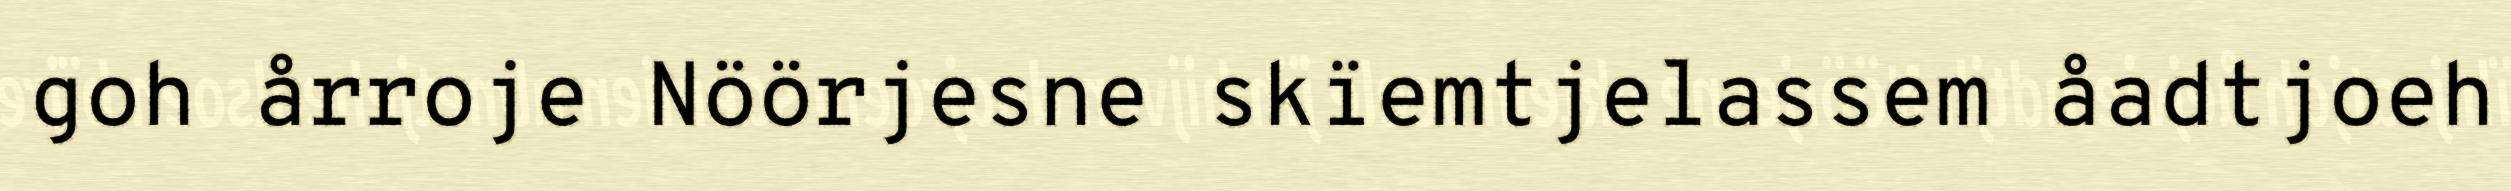
goh årroje Nöörjesne skïemtjelassem åadtjoeh